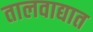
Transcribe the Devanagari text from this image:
तालवाद्यात